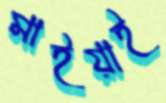
মাইয়াই